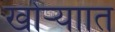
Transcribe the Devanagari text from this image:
खोऱ्याात